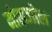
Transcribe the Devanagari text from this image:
मोलजोल